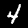
Digit: 4